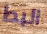
البط